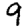
Digit: 9